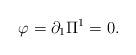
LaTeX: \begin{align*}\varphi = \partial _1 \Pi ^1 = 0. \end{align*}